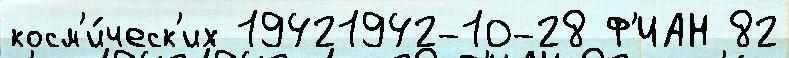
косм'и́ческ'их 19421942-10-28 Ф'ИАН 82